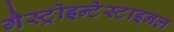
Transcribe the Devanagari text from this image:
गैस्ट्रोइन्टेस्टाइनल